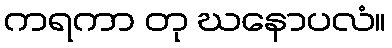
ကရကာ တု ဃနောပလံ။